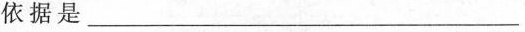
依据是______